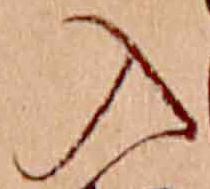
入